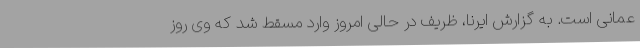
عمانی است. به گزارش ایرنا، ظریف در حالی امروز وارد مسقط شد که وی روز